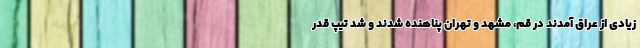
زیادی از عراق آمدند در قم، مشهد و تهران پناهنده شدند و شد تیپ قدر